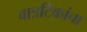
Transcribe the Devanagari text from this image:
वात्रटिकांचा